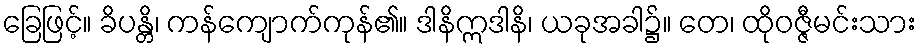
ခြေဖြင့်။ ခိပန္တိ၊ ကန်ကျောက်ကုန်၏။ ဒါနိဣဒါနိ၊ ယခုအခါ၌။ တေ၊ ထိုဝဇ္ဇီမင်းသား